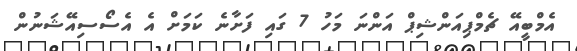
އެމްބީއޭ ޗެމްޕިއަންޝިޕް އަންނަ މަހު 7 ގައި ފަށާނެ ކަމަށް އެ އެސޯސިއޭޝަނުން